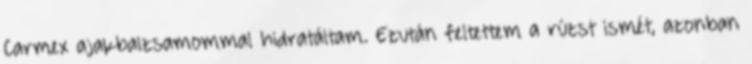
Carmex ajakbalzsamommal hidratáltam. Ezután feltettem a rúzst ismét, azonban